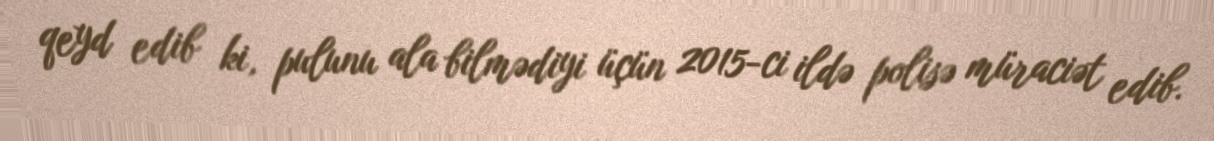
qeyd edib ki, pulunu ala bilmədiyi üçün 2015-ci ildə polisə müraciət edib.